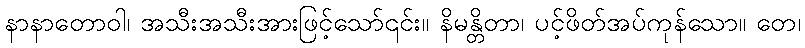
နာနာတောဝါ၊ အသီးအသီးအားဖြင့်သော်၎င်း။ နိမန္တိတာ၊ ပင့်ဖိတ်အပ်ကုန်သော။ တေ၊